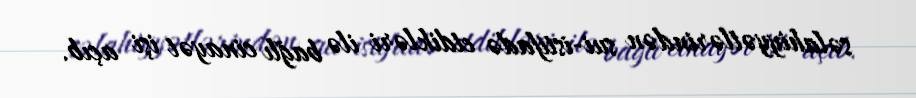
səlahiyyətlərindən sui-istifadə etdikləri ilə bağlı cinayət işi açıb.